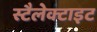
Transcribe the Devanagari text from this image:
स्टैलेक्टाइट